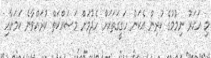
މި އަހަރު ނިމުމުގެ ކުރިން އެކަން ހަގީގަތަކަށް ހެދުމަށް މަސައްކަތް ކުރައްވާނެ ކަމަށާއި